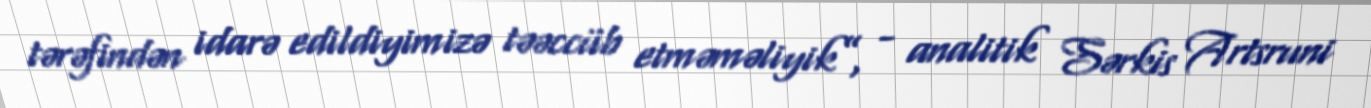
tərəfindən idarə edildiyimizə təəccüb etməməliyik”, - analitik Sərkis Artsruni